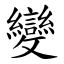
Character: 變